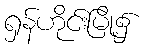
ရှန်ဟိုင်းမြို့၌